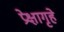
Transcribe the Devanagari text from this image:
प्रेक्षागृहे